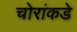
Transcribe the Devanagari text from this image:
चोरांकडे